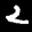
Label: 2